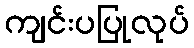
ကျင်းပပြုလုပ်